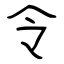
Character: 令